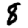
Digit: 8